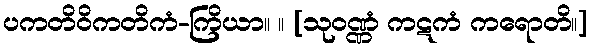
ပကတိဝိကတိကံ-ကြိယာ။ ။ [သုဝဏ္ဏံ ကဋကံ ကရောတိ။]